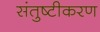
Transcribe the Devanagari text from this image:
संतुष्टीकरण